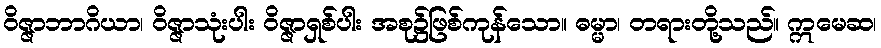
ဝိဇ္ဇာဘာဂိယာ၊ ဝိဇ္ဇာသုံးပါး ဝိဇ္ဇာရှစ်ပါး အစု၌ဖြစ်ကုန်သော။ ဓမ္မာ၊ တရားတို့သည်။ ဣမေဆ၊